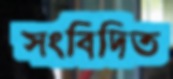
সংবিদিত